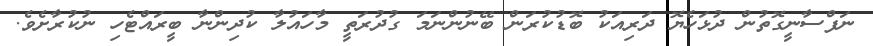
ނަފްސާނީގޮތުން ދުޅަހެޔޮ ދަރިއަކު ބޮޑުކުރަން ބޭނުންނަމަ ގުދުރަތީ މާހައުލާ ކުދިންނާ ބީރައްޓެހި ނުކުރާށެވެ.